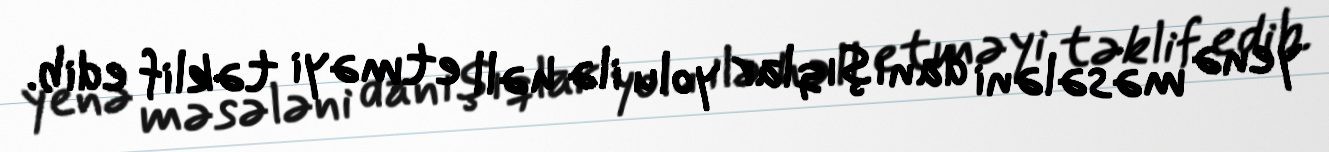
yenə məsələni danışıqlar yolu ilə həll etməyi təklif edib.